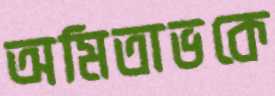
অমিতাভকে